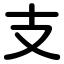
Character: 支